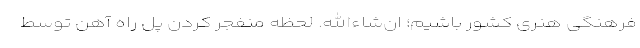
فرهنگی هنری کشور باشیم؛ ان‌شاءالله. لحظه منفجر کردن پل راه آهن توسط